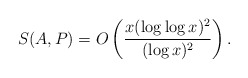
\begin{align*} S(A, P) = O \left( \frac{x (\log \log x)^2}{(\log x)^2} \right). \end{align*}